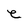
Character: e